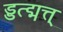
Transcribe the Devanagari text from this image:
ड्डत्द्मत्त्